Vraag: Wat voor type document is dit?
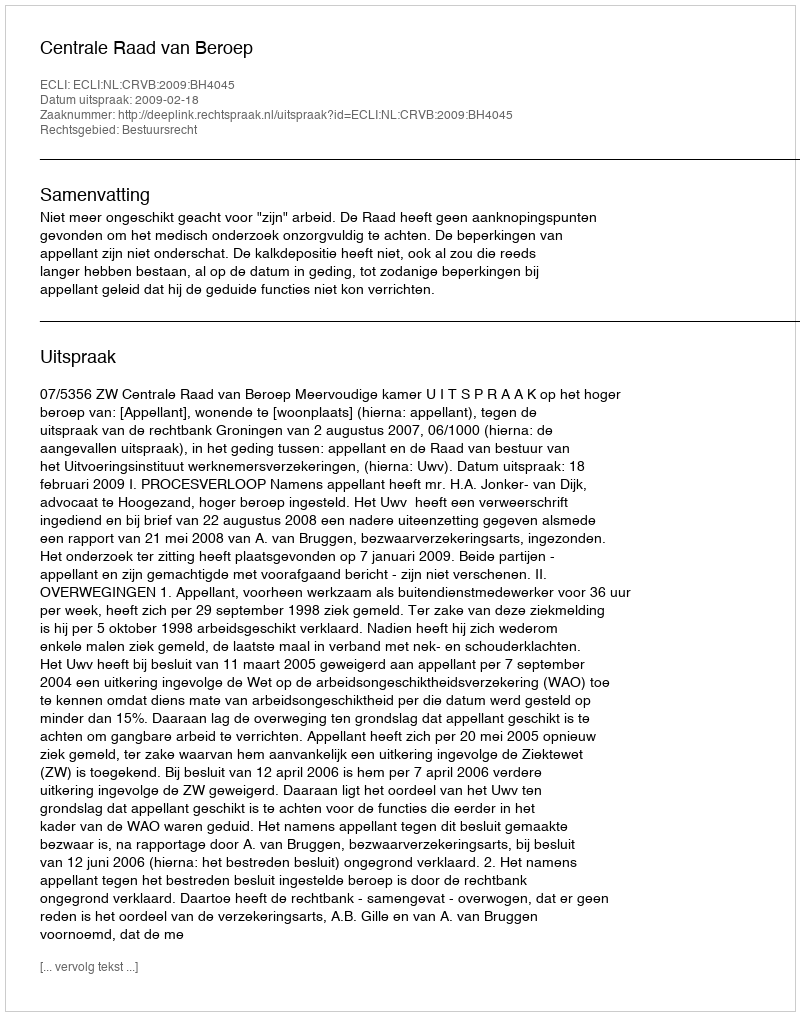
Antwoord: Uitspraak